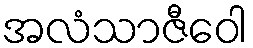
အလံသာဇီဝေါ